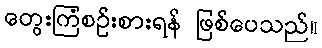
တွေးကြံစဉ်းစားရန် ဖြစ်ပေသည်။